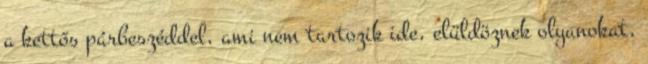
a kettős párbeszéddel, ami nem tartozik ide, elüldöznek olyanokat,